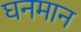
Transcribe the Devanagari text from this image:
घनमान